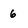
Character: 6